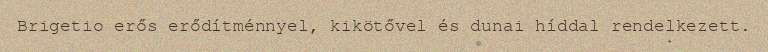
Brigetio erős erődítménnyel, kikötővel és dunai híddal rendelkezett.